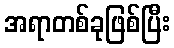
အရာတစ်ခုဖြစ်ပြီး